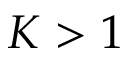
K > 1